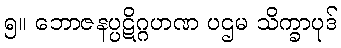
၅။ ဘောဇနပ္ပဋိဂ္ဂဟဏ ပဌမ သိက္ခာပုဒ်